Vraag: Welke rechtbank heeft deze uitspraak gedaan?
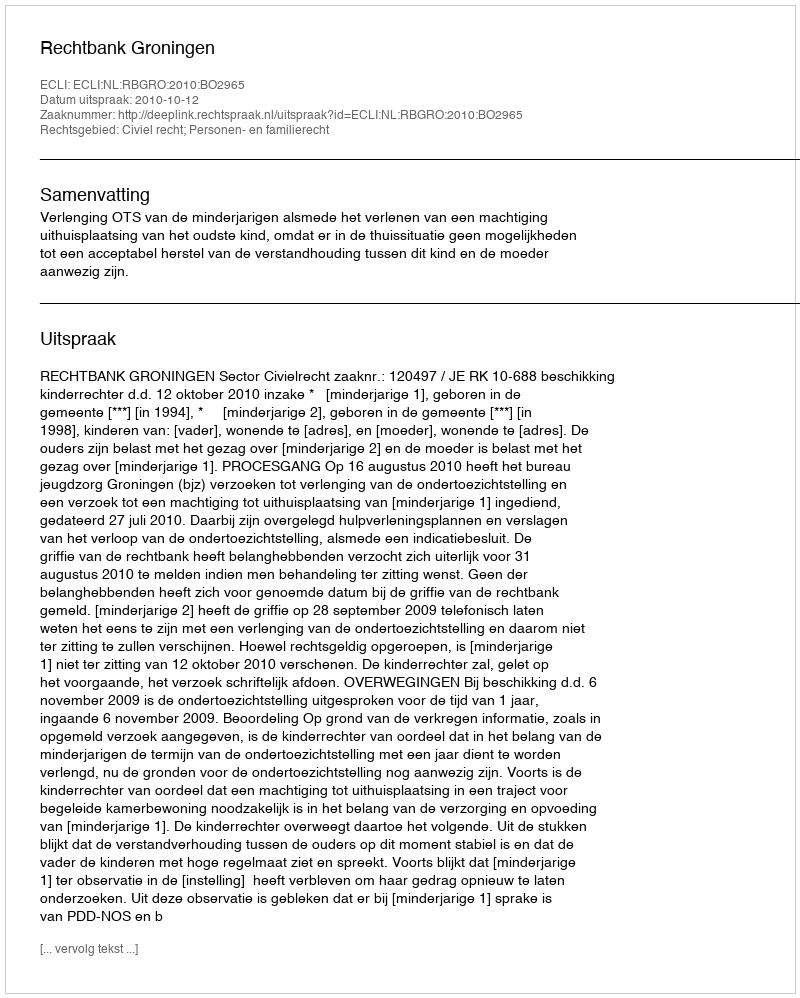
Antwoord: Rechtbank Groningen